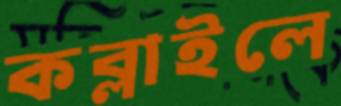
কব্‌লাইলে